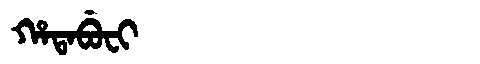
Manchu: ᡥᠠᡨᠠᠪᡠᠸᡳ
Romanization: HATABUFI